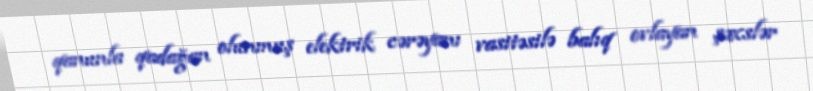
qanunla qadağan olunmuş elektrik cərəyanı vasitəsilə balıq ovlayan şəxslər